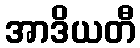
အာဒိယတီ